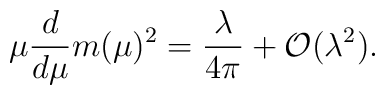
\mu \frac{d}{d \mu} m(\mu)^2= \frac{\lambda}{4 \pi}   +{\cal O}(\lambda^2).